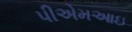
પીએમઆઇ